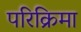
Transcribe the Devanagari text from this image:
परिक्रिमा